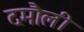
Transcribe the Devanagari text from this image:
दमाैली